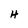
Character: H